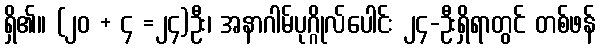
ရှိ၏။ (၂၀ + ၄ =၂၄)ဦး၊ အနာဂါမ်ပုဂ္ဂိုလ်ပေါင်း ၂၄-ဦးရှိရာတွင် တစ်ဖန်